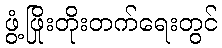
ဖွံ့ဖြိုးတိုးတက်ရေးတွင်